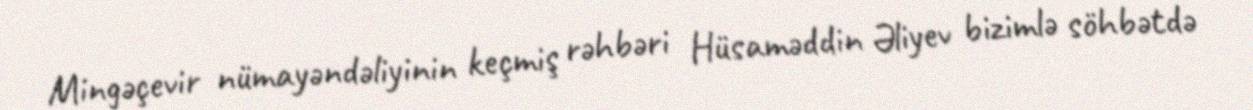
Mingəçevir nümayəndəliyinin keçmiş rəhbəri Hüsaməddin Əliyev bizimlə söhbətdə